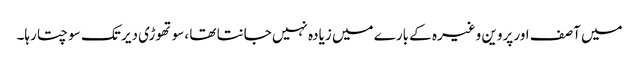
میں آصف اور پروین وغیرہ کے بارے میں زیادہ نہیں جانتا تھا ،سوتھوڑی دیر تک سوچتا رہا۔